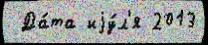
 Да́та иjу́л'я 2013